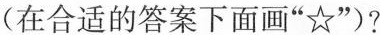
(在合适的答案下面画”☆”)?